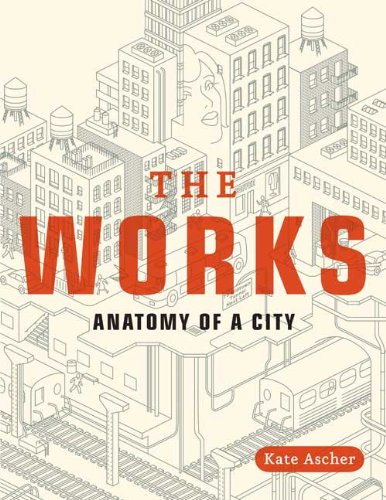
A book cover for The Works: Anatomy of a City; Kate Ascher; Humor & Entertainment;